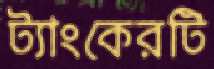
ট্যাংকেরটি